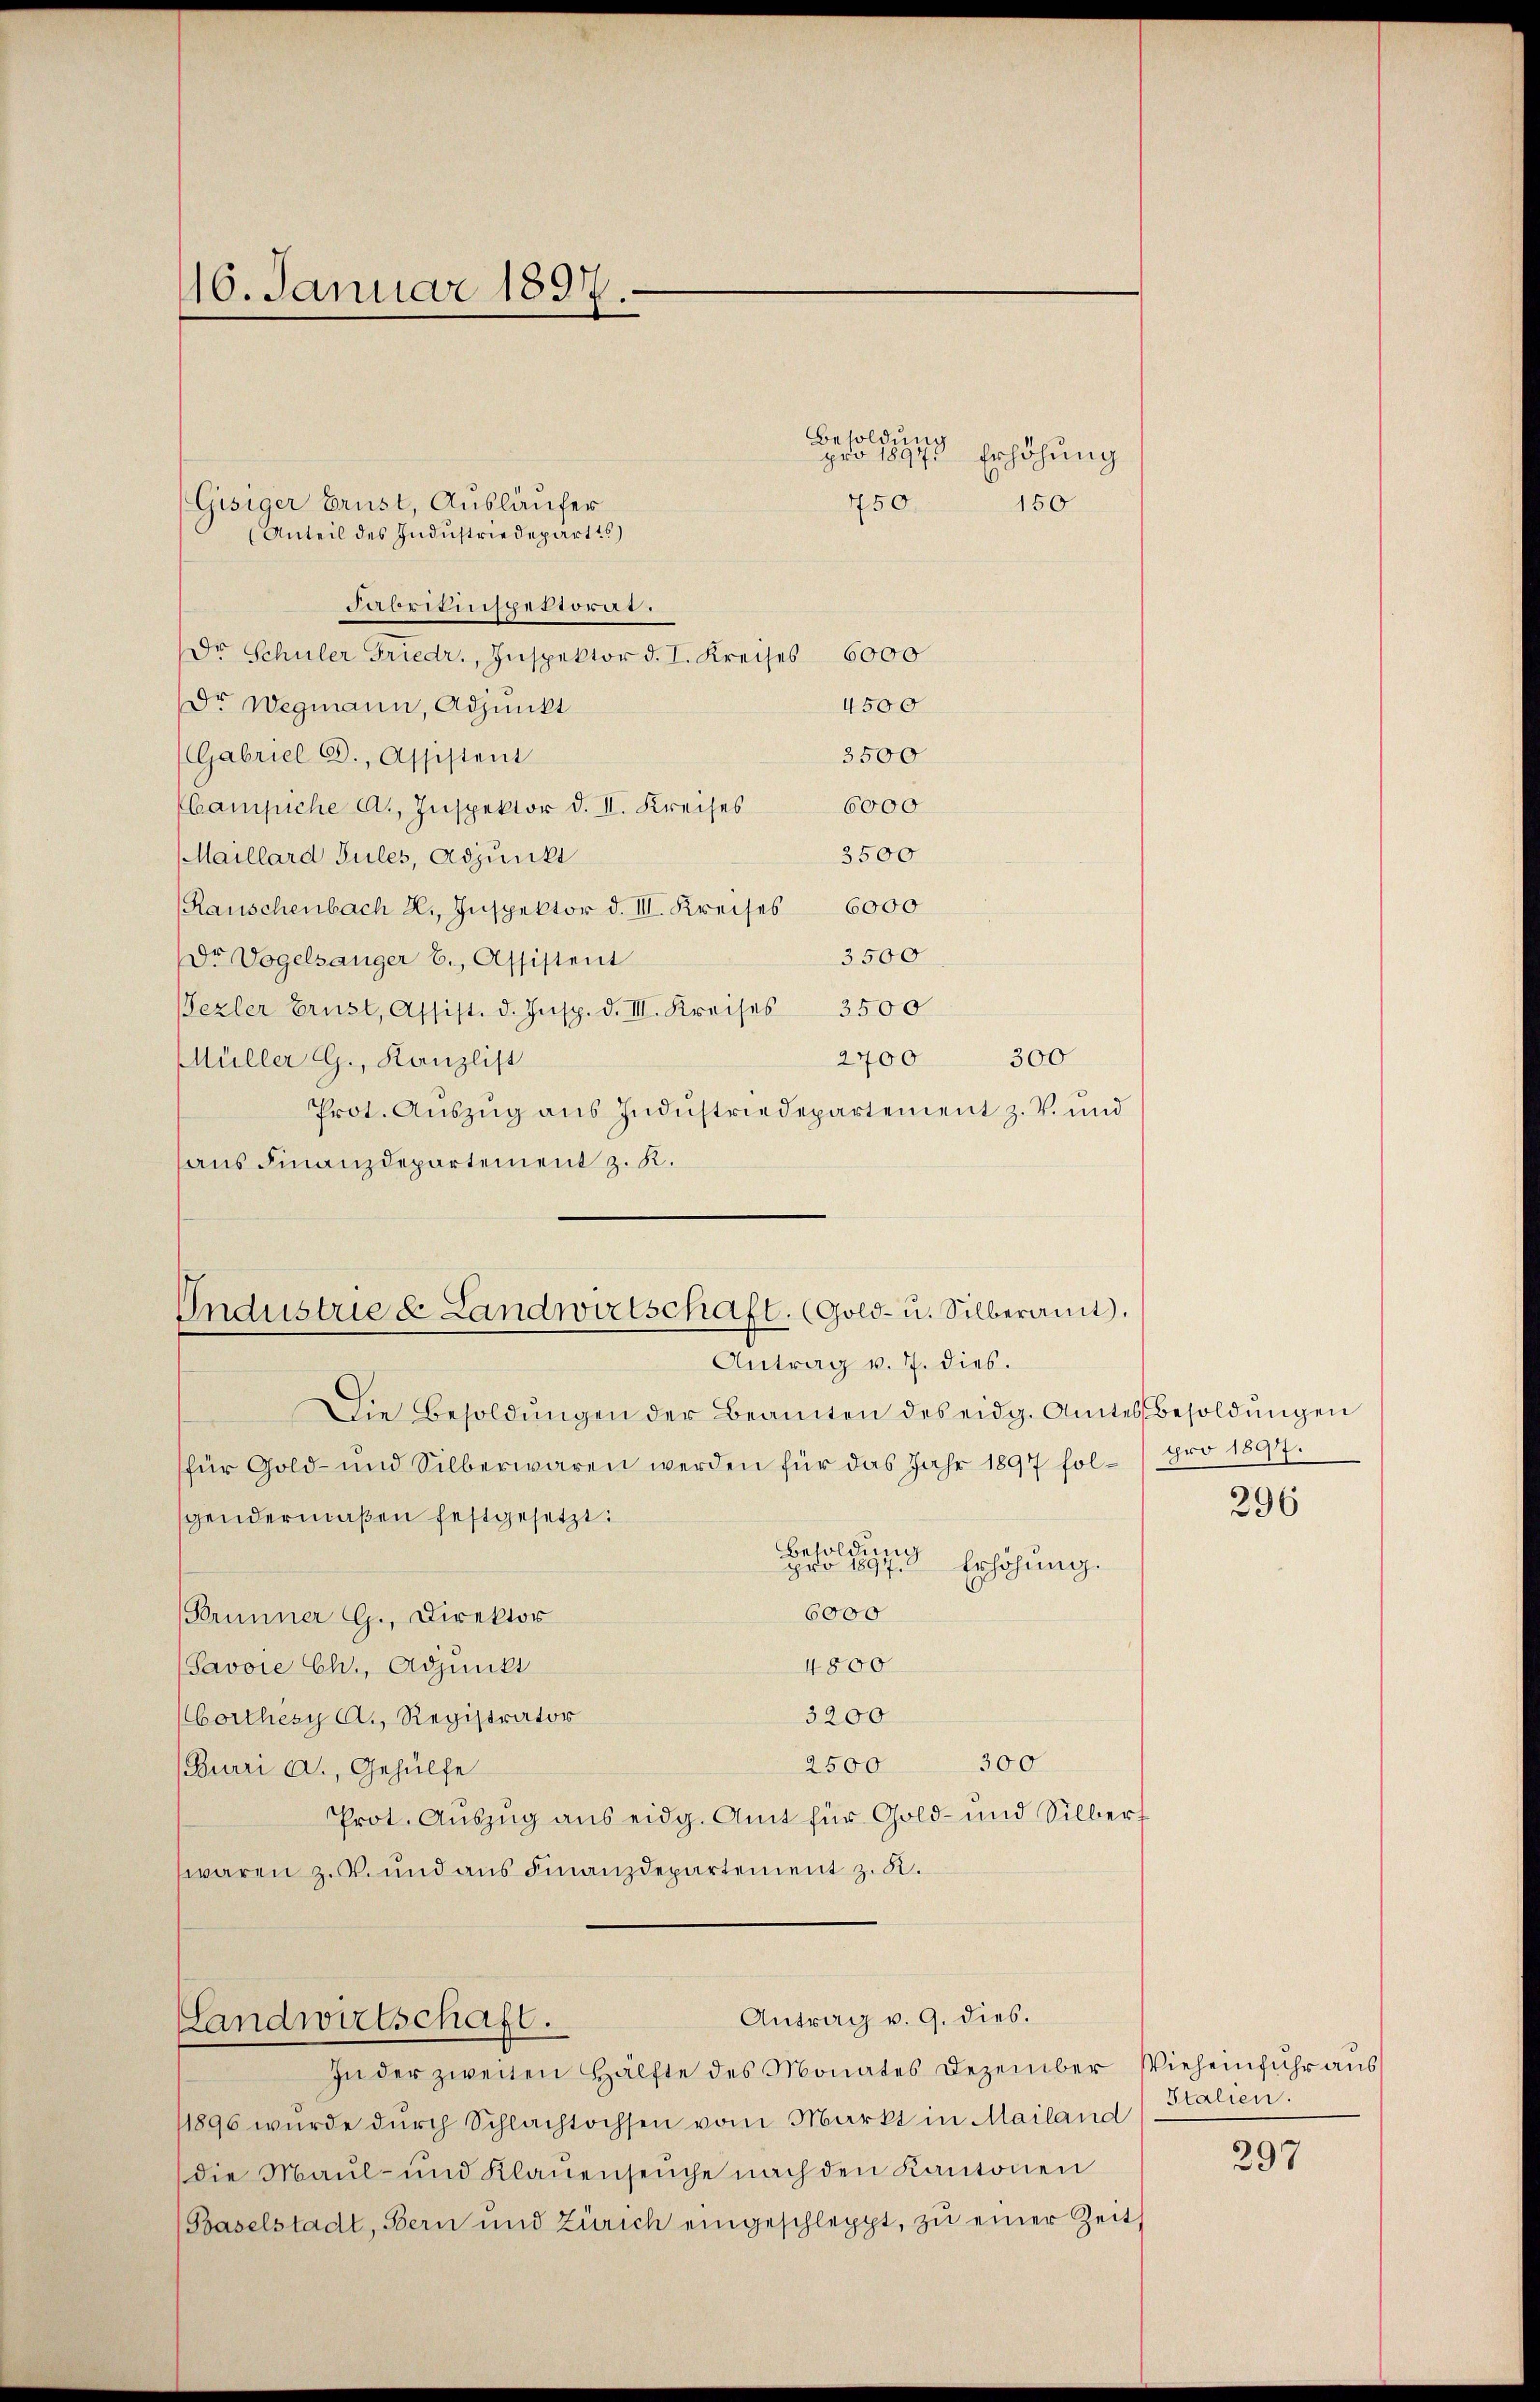
16. Januar 1897.

Gisiger Brust, Ausläufer
(Anteil des Industriedeparts)
Fabrikinspektorat.
Dr Schuler Friedr., Inspektor d. I. Kreises 6000
4500
Dr Wegmann, Adjunkt
3500
Gabriel C., Assistent
Ebampiche A., Inspektor d. II. Kreises 6000
3500
Maillard Sules, Adjunkt
(Rauschenbach 2., Inspektor d. III. Kreises 6000
3500
Dr Vogelsanger B., Assistent
ezler Brust, Assist. d. Insp. d. III. Kreises 3500
2400
Müller G., Kanzlist
Prot. Aŭszŭg aŭs Indŭstriedepartement z. V. und
haus Finanzdepartement z. K.

Besold un
450.

pro 18973 Erhöhung
150

Industrie & Landwirtschaft. (Gold- u. Silberamt.
Antrag v. 7. dies.
Die Besoldŭngen der Beamten des eidg. Amtes Besoldŭngen

Antrag v. 9. dies.
Landwirtschaft.

300

für Gold- und Silberwaren werden für das Jahr 1897 fol- pro 1897.
gendermaßen festgesetzt:
Besoldung
pro 189
Erhöhung.
6000
(Brunner G., Direktor
4800
Savoie Ch., Adjunkt
3200
borthesy A., Registrator
300
2500
(Burri a., Gehülfe
Prot. Auszug aus eidg. Amt für Gold- und Silberf
waren z.B. und aus Finanzdepartement z. R.

In der zweiten Hälfte des Monates Dezember Vieh einfŭhr aŭs
11896 wurde durch Schlachtochsen vom Markt in Mailand
die Maul- und Klauenseuche nach den Kantonen
(Baselstadt, Bern und Zürich eingeschleppt, zŭ einer Zeit

296

Italien.

297